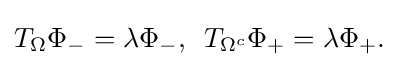
\displaystyle {T_{\Omega }\Phi _{-}=\lambda \Phi _{-},\,\,\,T_{\Omega ^{c}}\Phi _{+}=\lambda \Phi _{+}.}